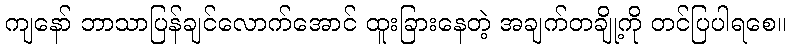
ကျနော် ဘာသာပြန်ချင်လောက်အောင် ထူးခြားနေတဲ့ အချက်တချို့ကို တင်ပြပါရစေ။